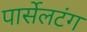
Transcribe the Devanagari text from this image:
पार्सेलटंग